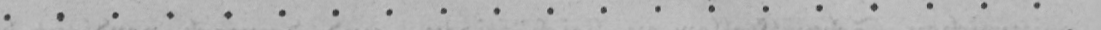
....................